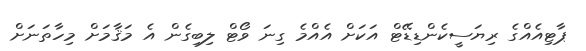
ޕާޓިއެއްގެ ރިޔަސީކެންޑިޑޭޓް އަކަށް އެއްމެ ގިނަ ވޯޓް ލިބިގެން އެ މަޤާމަށް މިހާތަނަށް